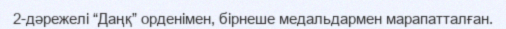
2-дәрежелі “Даңқ” орденімен, бірнеше медальдармен марапатталған.